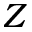
Z